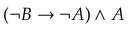
( \neg B \to \neg A ) \land A